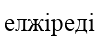
елжіреді